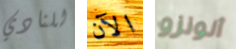
للنادي الآن ألونزو